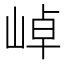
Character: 𭖭